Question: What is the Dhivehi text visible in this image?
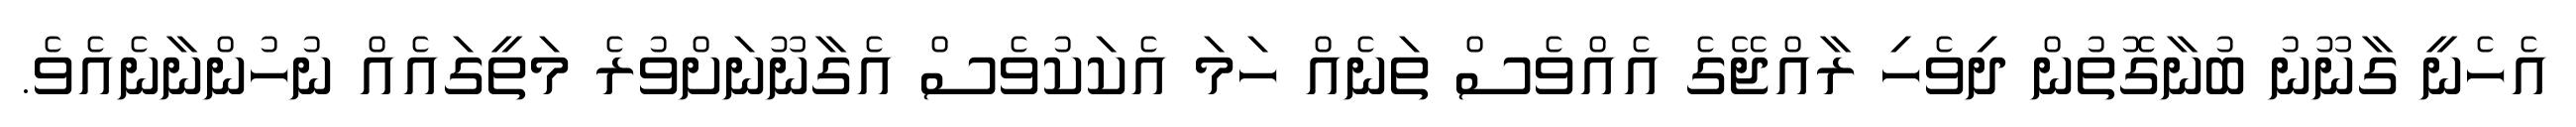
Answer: އެހެނީ ގާނޫނު ބުނާގޮތުން ދިވެހި ރާއްޖޭގެ އެއްވެސް ތަނެއް ހަމަ އެކަކުވެސް އެގާނޫނަށްވުރެ މަތީގައެއް ނުހުންނާނެއެވެ.